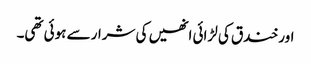
اور خندق کی لڑائی انھیں کی شرار سے ہوئی تھی۔